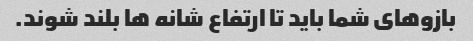
بازوهای شما باید تا ارتفاع شانه ها بلند شوند.